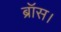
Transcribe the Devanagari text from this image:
ब्रॉस।